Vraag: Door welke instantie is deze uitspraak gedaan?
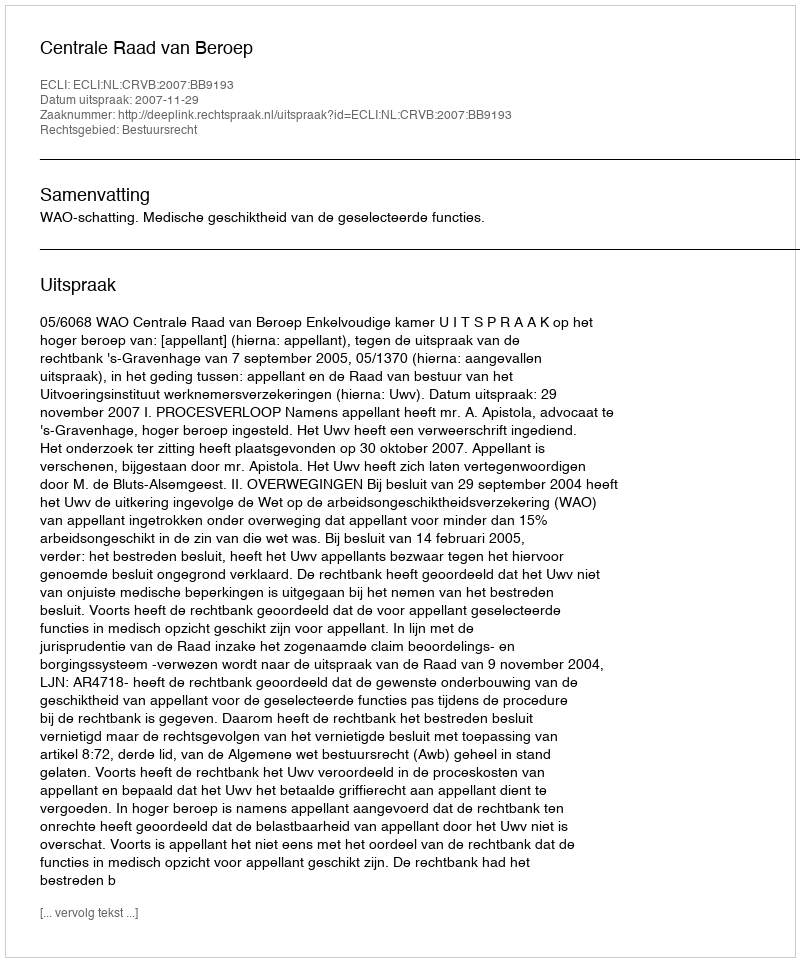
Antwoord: Centrale Raad van Beroep